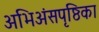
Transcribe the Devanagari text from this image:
अभिअंसपृष्ठिका